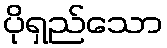
ပိုရှည်သော